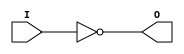
module INV_12(output O, input I);
  assign O = !I;
endmodule